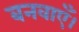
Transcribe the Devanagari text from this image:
बनवाएँ।